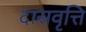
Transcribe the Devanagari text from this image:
दासवृत्ति